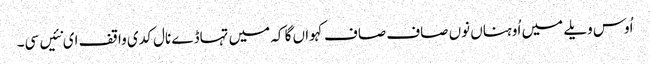
اُوس ویلے میں اُوہناں نوں صاف صاف کہواں گا کہ میں تہاڈے نال کدی واقف ای نئیں سی۔